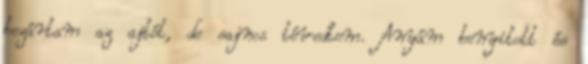
bezártam az ajtót, de sajnos tévedtem. Anyám benyitott és